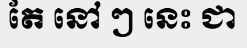
តែ នៅ ៗ នេះ ជា